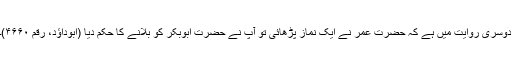
دوسری روایت میں ہے کہ حضرت عمر نے ایک نماز پڑھائی تو آپ نے حضرت ابوبکر کو بلانے کا حکم دیا (ابوداؤد، رقم ۴۶۶۰)۔